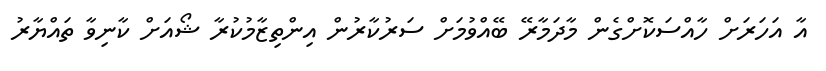
އާ އަހަރަށް ހާއްސަކޮށްގެން މާދަމާރޭ ބޭއްވުމަށް ސަރުކާރުން އިންތިޒާމުކުރާ ޝޯއަށް ކާނިވާ ތައްޔާރު